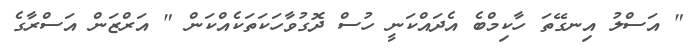
" އަސްލު އިނގޭތަ ހާކިމްބެ އެދައްކަނީ ހުސް ދޮގުވާހަކަތަކެއްކަން " އަރްޒަން އަސްރާގެ